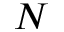
N